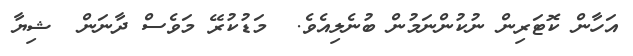
އަހާން ކޮޓަރިން ނުކުންނަމުން ބުނެލިއެވެ.  މަޑުކުރޭ މަވެސް ދާނަން  ޝިޔާ